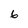
Character: 6